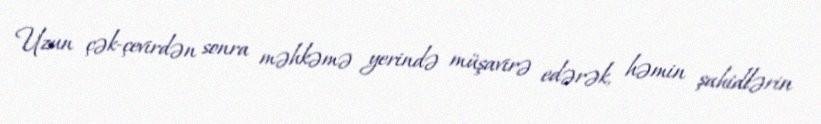
Uzun çək-çevirdən sonra məhkəmə yerində müşavirə edərək, həmin şahidlərin